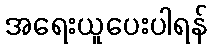
အရေးယူပေးပါရန်